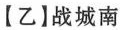
【乙】战城南